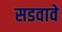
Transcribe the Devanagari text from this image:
सडवावे